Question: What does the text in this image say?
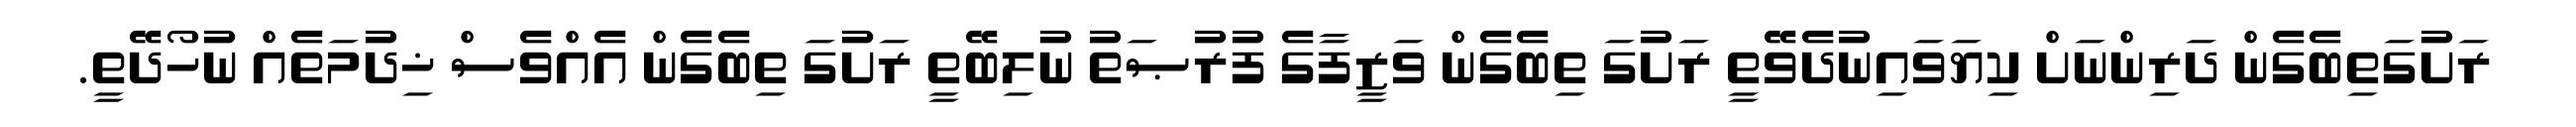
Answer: ރަށުގަތިބެގެން ދަރިންނަށް ކިޔަވައިނުދެވޭތީ ރަށުގަ ތިބެގެން ވަޒީފާގެ ފުރުޞަތު ނުލިބޭތީ ރަށުގަ ތިބެގެން އެއްވެސް ޚިދުމަތެއް ނުހޯދޭތީ.